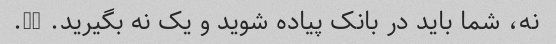
نه، شما باید در بانک پیاده شوید و یک نه بگیرید. 50.